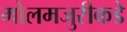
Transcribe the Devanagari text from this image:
मोलमजुरीकडे